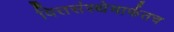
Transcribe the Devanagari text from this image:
वित्तसंस्थेमार्फतच